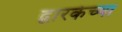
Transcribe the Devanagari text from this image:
द्वारकेच्या